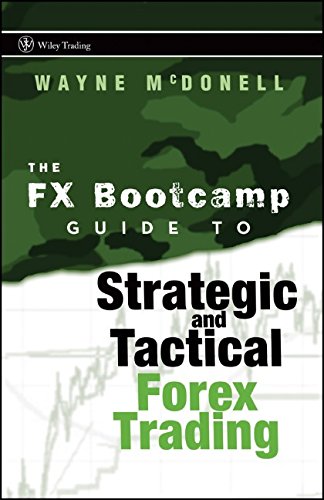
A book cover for The FX Bootcamp Guide to Strategic and Tactical Forex Trading; Wayne McDonell; Business & Money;